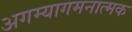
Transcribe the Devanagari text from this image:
अगम्यागमनात्मक